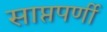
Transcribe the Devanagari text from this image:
साप्तपर्णी